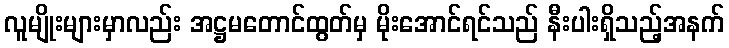
လူမျိုးများမှာလည်း အဋ္ဌမတောင်ထွတ်မှ မိုးအောင်ရင်သည် နီးပါးရှိသည့်အနက်